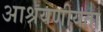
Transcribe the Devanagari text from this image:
आश्रयणीयता